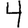
Digit: 4